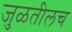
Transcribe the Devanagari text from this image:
जुळतीलच